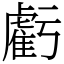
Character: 虧